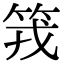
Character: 𥬪